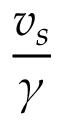
\frac { v _ { s } } { \gamma }